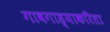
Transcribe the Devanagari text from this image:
गावगाड्याकरिता